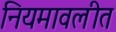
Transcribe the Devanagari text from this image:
नियमावलीत